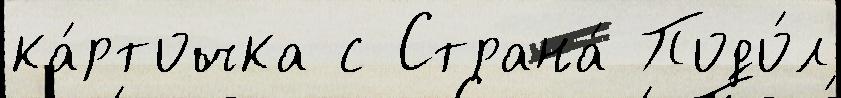
ка́рточка с Страна́ Подо́л